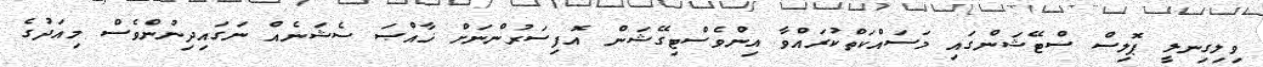
ވިލިގިނލީ ޕޮލިސް ސްޓޭޝަންގައި މަސައްކަތްކުރައްވާ އިންވެސްޓިގޭޝަން އޮފިސަރުންނަށް ޚާއްޞަ ސެޝަނެއް ނަގައިދިނުންވެސް މިއަދުގެ